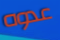
عدوه